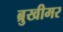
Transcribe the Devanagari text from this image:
ब्रुखीमर